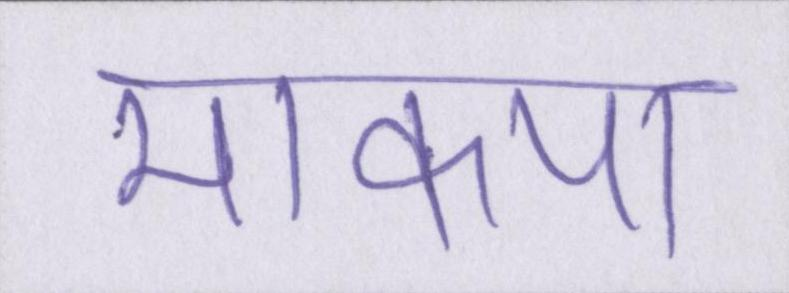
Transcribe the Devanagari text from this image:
माकपा